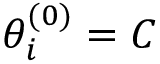
\theta _ { i } ^ { ( 0 ) } = C